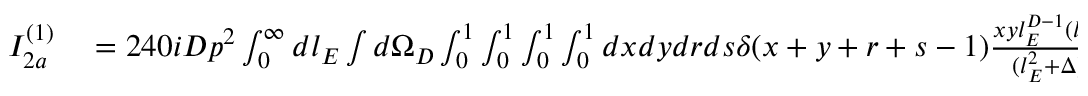
\begin{array} { r l } { I _ { 2 a } ^ { ( 1 ) } } & { { } = 2 4 0 i D p ^ { 2 } \int _ { 0 } ^ { \infty } d l _ { E } \int d \Omega _ { D } \int _ { 0 } ^ { 1 } \int _ { 0 } ^ { 1 } \int _ { 0 } ^ { 1 } \int _ { 0 } ^ { 1 } d x d y d r d s \delta ( x + y + r + s - 1 ) \frac { x y l _ { E } ^ { D - 1 } ( l _ { E } ^ { 0 } ) ^ { 2 } } { ( l _ { E } ^ { 2 } + \Delta ) ^ { 6 } } } \end{array}